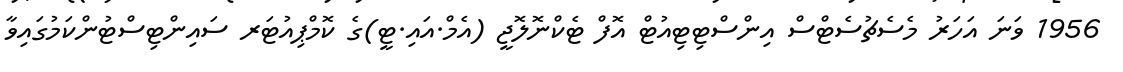
1956 ވަނަ އަހަރު މެސެޗުސެޓްސް އިންސްޓިޓިއުޓް އޮފް ޓެކްނޮލޮޖީ (އެމް.އައި.ޓީ)ގެ ކޮމްޕިއުޓަރ ސައިންޓިސްޓުންކަމުގައިވާ